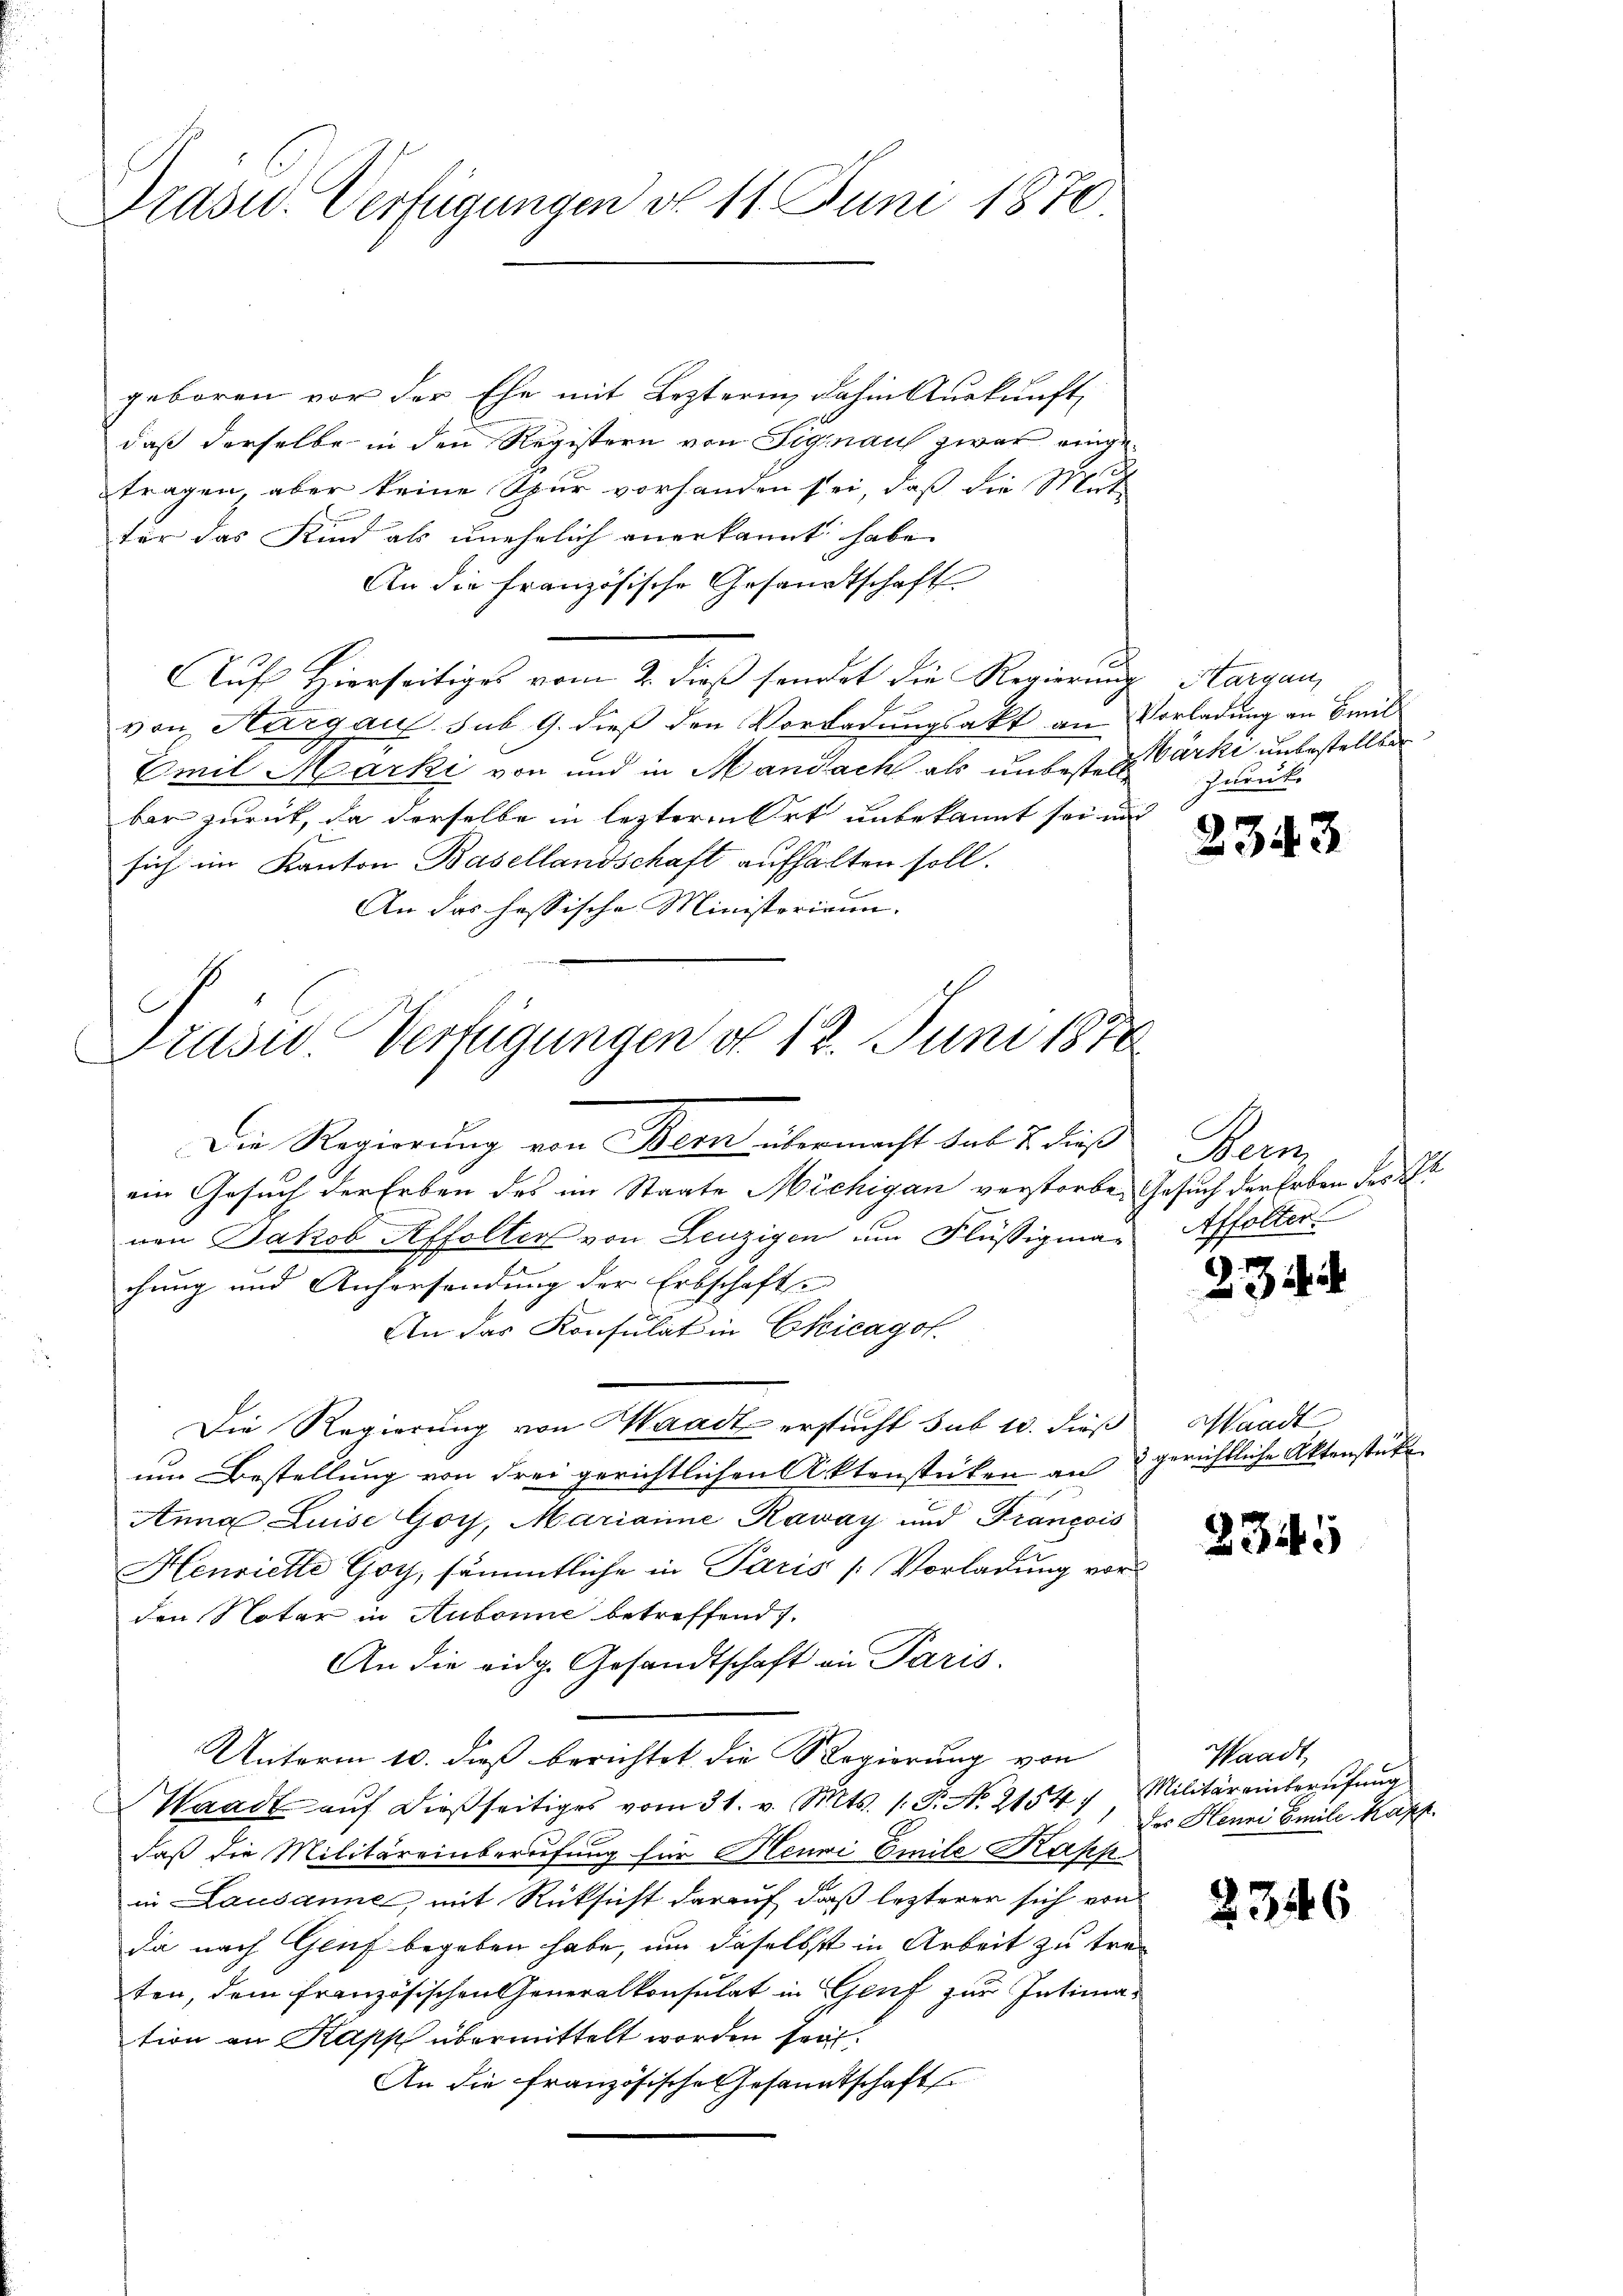
Trasu. Verfügungen d. 11. Juni 1870.

Prusid. Verfügungen d. 12. Juni 1878

geboren vor der Ehe mit Lezterin, dahin Auskunft,
daß derselbe in den Registern von Signau zwar eingec
tragen, aber keine Spur vorhanden sei, daß die Mut-
für das Kind als unehelich anerkannt habe.
An die französische Gesandtschaft
Auf Hierseitiges vom 2. dieß sendet die Regierung Aargau,
von Aargau sub. 9. dieß den Vorladungsakt an Vorladung an Emil
Emil Marki von und in Mandach als unbestere Parke unbestellter
bar zurück, da derselbe in lezteren Ort unbekannt sei und
sich im Kanton Basellandschaft aufhalten soll.
An das hessische Ministerium.
Die Regierung von Bern übermacht sub 2. dieß
ein Gesuch der Erben des im Staate Michigan verstorben Gesuch der Erben des El
nen Jakob Affolter von Lenzigen um Flüßigmachung und Anhersendung der Erbschafts
An das Konsulat in Chicagol.
Die Regierung von Waadt erstucht sub 10. dieß
um Bestellung von drei gerichtlichen Aktenstücken an
Anna Luise Goy, Mariaime Raway und François
Henriette Goy, sämmtliche in Paris / Vorladung vor
den Notar in Aubonne betreffend.
An die eidg. Gesandtschaft in Paris.
Unterm 10. dieß berichtet die Regierung von
Waadt aŭf dießseitiges vom 31. v. Mts. (T. No. 21547 Militäreinberufung
.
daß die Militäreinberufung für Heuwi Emile Kapp
in Lausanne, mit Rücksicht darauf, daß lezterer sich von
da nach Genf begeben habe, um daselbst in Arbeit zu treten, dem französischen Generalkonsulat in Genf zur Intimation an Kapp übermittelt worden sei.
An die französische Gesandtschaft

zurück

2343

Bec
Affolter.

23.

¬

wandt
gerichtliche Aktenstücke.

234.

Waadt,
des Henni Emile Kapf.

2346